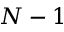
N - 1